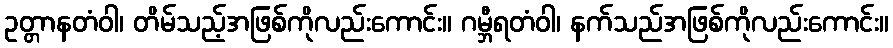
ဥတ္တာနတံဝါ၊ တိမ်သည့်အဖြစ်ကိုလည်းကောင်း။ ဂမ္ဘီရတံဝါ၊ နက်သည်အဖြစ်ကိုလည်းကောင်း။